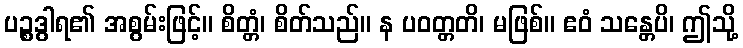
ပဉ္စဒွါရ၏ အစွမ်းဖြင့်။ စိတ္တံ၊ စိတ်သည်။ န ပဝတ္တတိ၊ မဖြစ်။ ဧဝံ သန္တေပိ၊ ဤသို့